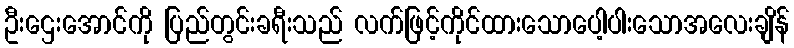
ဦးဌေးအောင်ကို ပြည်တွင်းခရီးသည် လက်ဖြင့်ကိုင်ထားသောပေါ့ပါးသောအလေးချိန်